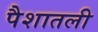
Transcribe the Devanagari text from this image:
पैशातली